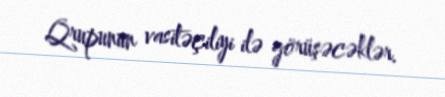
Qrupunun vasitəçiliyi ilə görüşəcəklər.